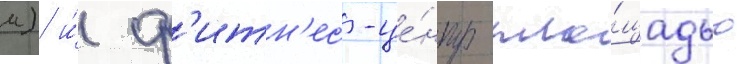
м) и́ ф'итн'ес-це́нтр пло́щадью